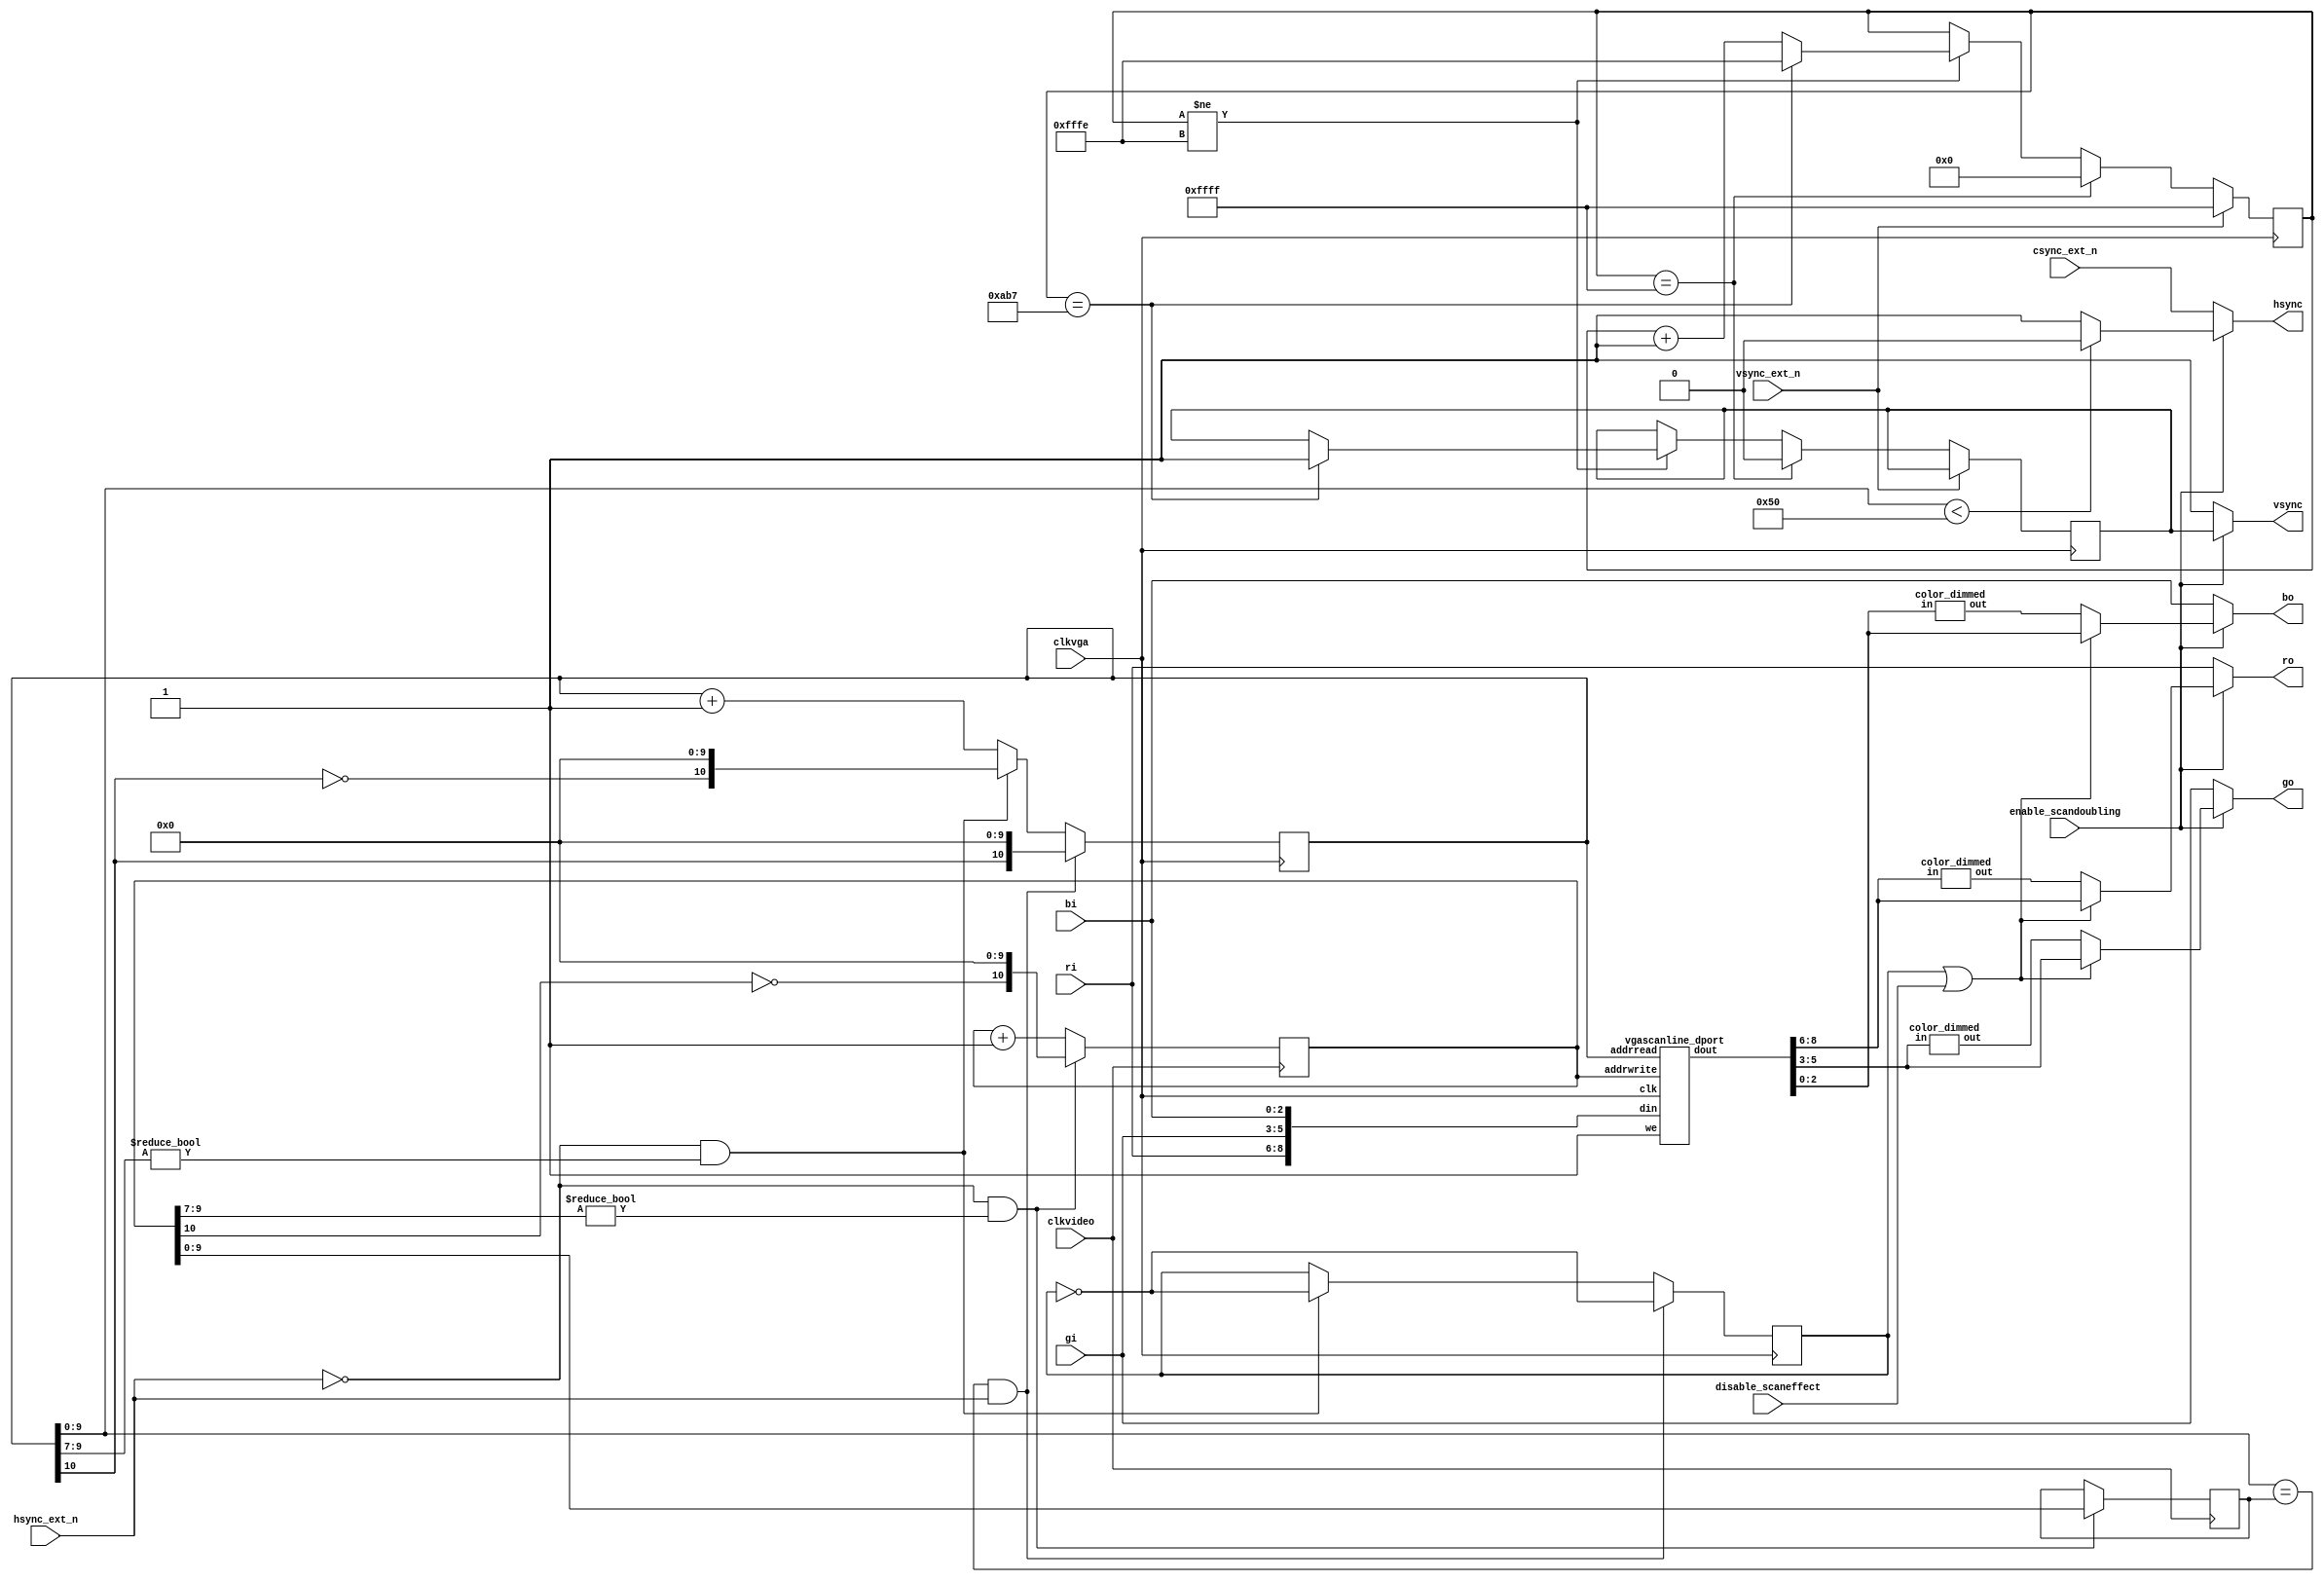
`timescale 1ns / 1ps
`default_nettype none

//////////////////////////////////////////////////////////////////////////////////
// Company: 
// Engineer: 
// 
// Design Name: 
// Module Name:    vga_scandoubler 
// Project Name: 
// Target Devices: 
// Tool versions: 
// Description: 
//
// Dependencies: 
//
// Revision: 
// Revision 0.01 - File Created
// Additional Comments: 
//
//////////////////////////////////////////////////////////////////////////////////
module vga_scandoubler (
	input wire clkvideo,
	input wire clkvga,
    input wire enable_scandoubling,
    input wire disable_scaneffect,  // 1 to disable scanlines
	input wire [2:0] ri,
	input wire [2:0] gi,
	input wire [2:0] bi,
	input wire hsync_ext_n,
	input wire vsync_ext_n,
   input wire csync_ext_n,
	output reg [2:0] ro,
	output reg [2:0] go,
	output reg [2:0] bo,
	output reg hsync,
	output reg vsync
   );
	
	parameter [31:0] CLKVIDEO = 12000;
	
	// http://www.epanorama.net/faq/vga2rgb/calc.html
	// SVGA 800x600
	// HSYNC = 3.36us  VSYNC = 114.32us
	
	parameter [63:0] HSYNC_COUNT = (CLKVIDEO * 3360 * 2)/1000000;
	parameter [63:0] VSYNC_COUNT = (CLKVIDEO * 114320 * 2)/1000000;
	
	reg [10:0] addrvideo = 11'd0, addrvga = 11'b00000000000;
	reg [9:0] totalhor = 10'd0;

	wire [2:0] rout, gout, bout;
	// Memoria de doble puerto que guarda la informacin de dos scans
	// Cada scan puede ser de hasta 1024 puntos, incluidos aqu los
	// puntos en negro que se pintan durante el HBlank
	vgascanline_dport memscan (
		.clk(clkvga),
		.addrwrite(addrvideo),
		.addrread(addrvga),
		.we(1'b1),
		.din({ri,gi,bi}),
		.dout({rout,gout,bout})
	);

	// Para generar scanlines:
	reg scaneffect = 1'b0;
    wire [2:0] rout_dimmed, gout_dimmed, bout_dimmed;
    color_dimmed apply_to_red   (rout, rout_dimmed);
    color_dimmed apply_to_green (gout, gout_dimmed);
    color_dimmed apply_to_blue  (bout, bout_dimmed);
	wire [2:0] ro_vga = (scaneffect | disable_scaneffect)? rout : rout_dimmed;
	wire [2:0] go_vga = (scaneffect | disable_scaneffect)? gout : gout_dimmed;
	wire [2:0] bo_vga = (scaneffect | disable_scaneffect)? bout : bout_dimmed;
		
	// Voy alternativamente escribiendo en una mitad o en otra del scan buffer
	// Cambio de mitad cada vez que encuentro un pulso de sincronismo horizontal
	// En "totalhor" mido el nmero de ciclos de reloj que hay en un scan
	always @(posedge clkvideo) begin
//        if (vsync_ext_n == 1'b0) begin
//            addrvideo <= 11'd0;
//        end    
		if (hsync_ext_n == 1'b0 && addrvideo[9:7] != 3'b000) begin
			totalhor <= addrvideo[9:0];
			addrvideo <= {~addrvideo[10],10'b0000000000};
		end
		else
			addrvideo <= addrvideo + 11'd1;
	end
	
	// Recorro el scanbuffer al doble de velocidad, generando direcciones para
	// el scan buffer. Cada vez que el video original ha terminado una linea,
	// cambio de mitad de buffer. Cuando termino de recorrerlo pero an no
	// estoy en un retrazo horizontal, simplemente vuelvo a recorrer el scan buffer
	// desde el mismo origen
	// Cada vez que termino de recorrer el scan buffer basculo "scaneffect" que
	// uso despus para mostrar los pxeles a su brillo nominal, o con su brillo
	// reducido para un efecto chachi de scanlines en la VGA
	always @(posedge clkvga) begin
//        if (vsync_ext_n == 1'b0) begin
//            addrvga <= 11'b10000000000;
//            scaneffect <= 1'b0;
//        end    
		if (addrvga[9:0] == totalhor && hsync_ext_n == 1'b1) begin
			addrvga <= {addrvga[10], 10'b000000000};
			scaneffect <= ~scaneffect;
		end
		else if (hsync_ext_n == 1'b0 && addrvga[9:7] != 3'b000) begin
			addrvga <= {~addrvga[10],10'b000000000};
			scaneffect <= ~scaneffect;
		end
		else
			addrvga <= addrvga + 11'd1;
	end

	// El HSYNC de la VGA est bajo slo durante HSYNC_COUNT ciclos a partir del comienzo
	// del barrido de un scanline
    reg hsync_vga, vsync_vga;
    
	always @* begin
		if (addrvga[9:0] < HSYNC_COUNT[9:0])
			hsync_vga = 1'b0;
		else
			hsync_vga = 1'b1;
	end
	
	// El VSYNC de la VGA est bajo slo durante VSYNC_COUNT ciclos a partir del flanco de
	// bajada de la seal de sincronismo vertical original
	reg [15:0] cntvsync = 16'hFFFF;
	initial vsync_vga = 1'b1;
	always @(posedge clkvga) begin
		if (vsync_ext_n == 1'b0) begin
			if (cntvsync == 16'hFFFF) begin
				cntvsync <= 16'd0;
				vsync_vga <= 1'b0;
			end
			else if (cntvsync != 16'hFFFE) begin
				if (cntvsync == VSYNC_COUNT[15:0]) begin
					vsync_vga <= 1'b1;
					cntvsync <= 16'hFFFE;
				end
				else
					cntvsync <= cntvsync + 16'd1;
			end
		end
		else if (vsync_ext_n == 1'b1)
			cntvsync <= 16'hFFFF;
	end

    always @* begin
        if (enable_scandoubling == 1'b0) begin // 15kHz output
            ro = ri;
            go = gi;
            bo = bi;
            hsync = csync_ext_n;
            vsync = 1'b1;
        end
        else begin  // VGA output
            ro = ro_vga;
            go = go_vga;
            bo = bo_vga;
            hsync = hsync_vga;
            vsync = vsync_vga;
        end
    end
    
endmodule

// Una memoria de doble puerto: uno para leer, y otro para
// escribir. Es de 2048 direcciones: 1024 se emplean para
// guardar un scan, y otros 1024 para el siguiente scan
module vgascanline_dport (
	input wire clk,
	input wire [10:0] addrwrite,
	input wire [10:0] addrread,
	input wire we,
	input wire [8:0] din,
	output reg [8:0] dout
	);
	
	reg [8:0] scan[0:2047]; // two scanlines
	always @(posedge clk) begin
		dout <= scan[addrread];
		if (we == 1'b1)
			scan[addrwrite] <= din;
	end
endmodule

module color_dimmed (
    input wire [2:0] in,
    output reg [2:0] out // out is scaled to roughly 70% of in
    );
    
    always @* begin  // a LUT
        case (in)  
            3'd0 : out = 3'd0;
            3'd1 : out = 3'd1;
            3'd2 : out = 3'd1;
            3'd3 : out = 3'd2;
            3'd4 : out = 3'd3;
            3'd5 : out = 3'd3;
            3'd6 : out = 3'd4;
            3'd7 : out = 3'd5;
            default: out = 3'd0;
        endcase
    end
endmodule